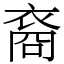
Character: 裔